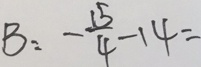
B : - \frac { 1 5 } { 4 } - 1 4 =